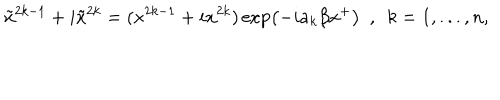
\tilde { x } ^ { 2 k - 1 } + i \tilde { x } ^ { 2 k } = ( x ^ { 2 k - 1 } + i x ^ { 2 k } ) \exp \left( - i a _ { k } \beta x ^ { + } \right) \ \ , \ \ k = 1 , . . . , n ,